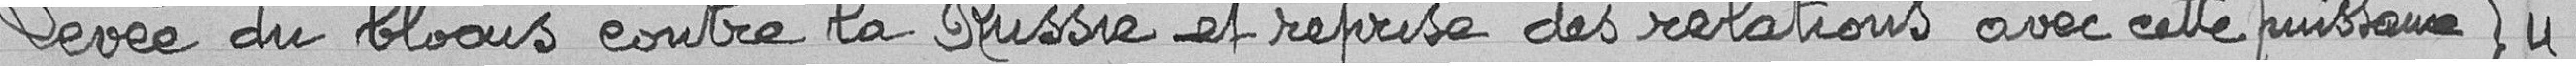
Levée du blocus entre la Russie et reprise des relations avec cette puissance 445